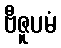
ဗီဇူပမံ